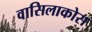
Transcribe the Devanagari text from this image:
वासिलाकोस